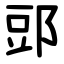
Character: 郖